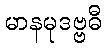
မာနမုဒဗ္ဗဓီ